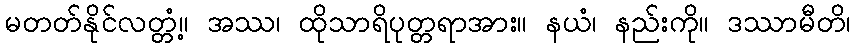
မတတ်နိုင်လတ္တံ့။ အဿ၊ ထိုသာရိပုတ္တရာအား။ နယံ၊ နည်းကို။ ဒဿာမီတိ၊